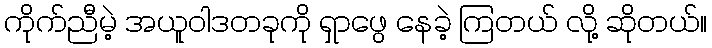
ကိုက်ညီမဲ့ အယူဝါဒတခုကို ရှာဖွေ နေခဲ့ ကြတယ် လို့ ဆိုတယ်။